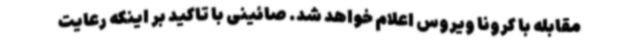
مقابله با کرونا ویروس اعلام خواهد شد. صائینی با تاکید بر اینکه رعایت